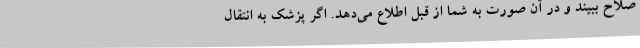
صلاح ببیند و در آن صورت به شما از قبل اطلاع می‌دهد. اگر پزشک به انتقال